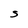
Character: S